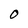
Character: O